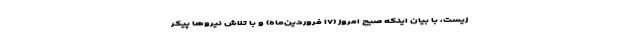
‌زیست، با بیان اینکه صبح امروز (۱۷ فروردین‌ماه) و با تلاش نیروها پیکر